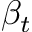
\beta _ { t }